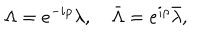
LaTeX: \Lambda = e ^ { - i \rho } \lambda , \quad \bar { \Lambda } = e ^ { i \rho } \bar { \lambda } , \quad